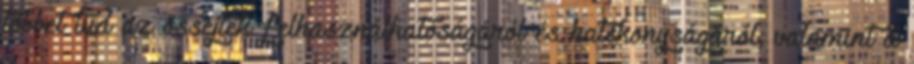
többet tud az őssejtek felhasználhatóságáról és hatékonyságáról, valamint a